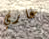
غاري